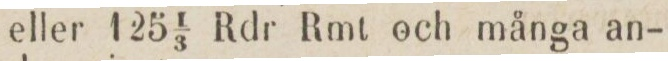
eller 125 ⅓ Rdr Rmt och många an-